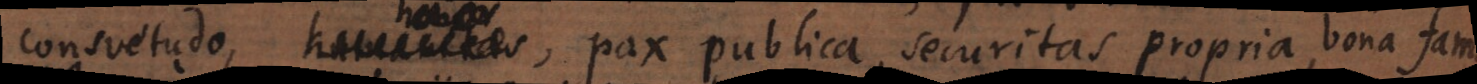
consuetudo, pax publica, securitas propria, bona fama.